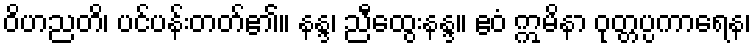
ဝိဟညတိ၊ ပင်ပန်းတတ်၏။ နန္ဒ၊ ညီထွေးနန္ဒ။ ဧဝံ ဣမိနာ ဝုတ္တပ္ပကာရေန၊